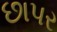
છાપર